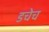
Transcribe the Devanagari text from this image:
डचेच